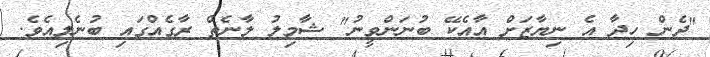
"ދެން ހިދާ އެ ނިޔާޒަށް އާއެކޭ ބުނަންވީނު" ޝާމިލު ލާނެތް ރާގެއްގައި ބުނެލިއެވެ.